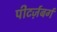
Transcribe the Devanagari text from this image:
पीटर्ज़बर्ग